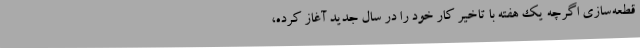
قطعه‌سازی اگرچه یک هفته با تاخیر کار خود را در سال جدید آغاز کرده،